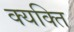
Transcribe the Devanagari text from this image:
क्यक्ति